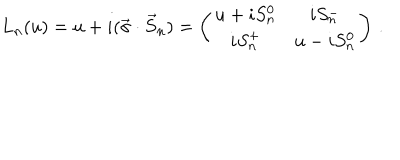
L _ { n } ( u ) = u + i ( \vec { \sigma } \cdot \vec { S } _ { n } ) = \left( \begin{array} { c c } { { u + i S _ { n } ^ { 0 } } } & { { i S _ { n } ^ { - } } } \\ { { i S _ { n } ^ { + } } } & { { u - i S _ { n } ^ { 0 } } } \\ \end{array} \right) \, .